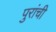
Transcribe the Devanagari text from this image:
पुरांची